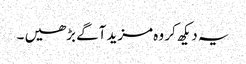
یہ دیکھ کر وہ مزید آگے بڑھیں ۔